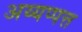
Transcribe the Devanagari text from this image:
अय्यप्पत्त